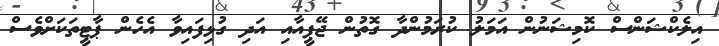
އިލެކްޝަންސް ކޮމިޝަނުން އަމަލު ކުރަމުންދާ ގޮތުން ޖޭޕީއާއި އަދި ގުޅިފައިވާ އެހެން ޕާޓީތަކަށްވެސް